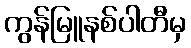
ကွန်မြူနစ်ပါတီမှ